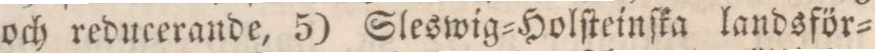
och reducerande, 5) Sleswig=Holſteinſka landsför=